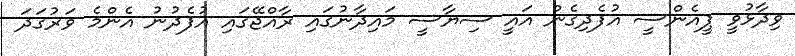
ވިދާޅުވީ ޕީއެންސީ އުފެދިގެން އައީ ސިޔާސީ މައިދާނުގައި ރާއްޖޭގައި އުފެދުނު އެންމެ ވަރުގަދަ